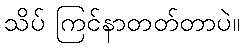
သိပ် ကြင်နာတတ်တာပဲ။